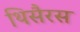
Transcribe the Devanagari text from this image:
थिसैरस